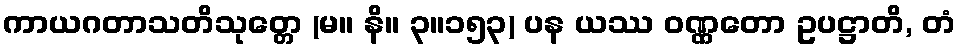
ကာယဂတာသတိသုတ္တေ (မ။ နိ။ ၃။၁၅၃) ပန ယဿ ဝဏ္ဏတော ဥပဋ္ဌာတိ, တံ